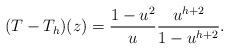
\begin{align*} (T-T_h)(z)=\frac{1-u^2}{u}\frac{u^{h+2}}{1-u^{h+2}}. \end{align*}